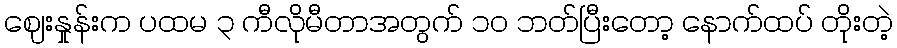
ဈေးနှုန်းက ပထမ ၃ ကီလိုမီတာအတွက် ၁၀ ဘတ်ပြီးတော့ နောက်ထပ် တိုးတဲ့